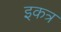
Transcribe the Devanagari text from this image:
इकत्र